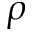
\rho